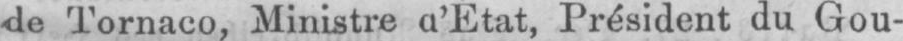
de Tornaco, Ministre a’État, Président du Gou-